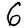
Digit: 6